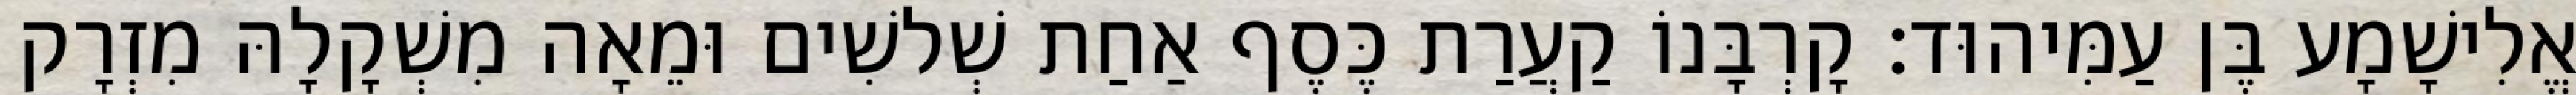
אֱלִישָׁמָע בֶּן עַמִּיהוּד׃ קָרְבָּנוֹ קַעֲרַת כֶּסֶף אַחַת שְׁלשִׁים וּמֵאָה מִשְׁקָלָהּ מִזְרָק